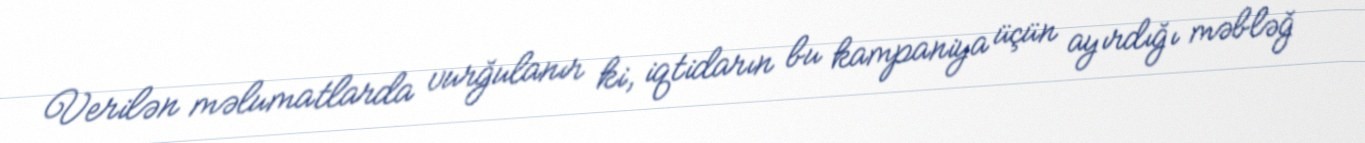
Verilən məlumatlarda vurğulanır ki, iqtidarın bu kampaniya üçün ayırdığı məbləğ